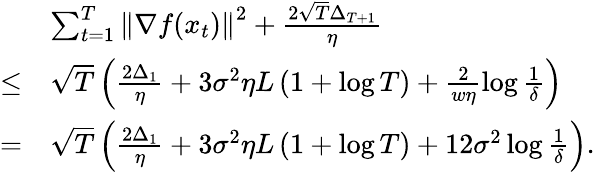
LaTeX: \begin{array}{rl}&{\sum_{t=1}^{T}\left\Vert\nabla f(x_{t})\right\Vert^{2}+\frac{2\sqrt{T}\Delta_{T+1}}{\eta}}\\ {\le}&{\sqrt{T}\left(\frac{2\Delta_{1}}{\eta}+3\sigma^{2}\eta L\left(1+\log T\right)+\frac{2}{w\eta}\log\frac{1}{\delta}\right)}\\ {=}&{\sqrt{T}\left(\frac{2\Delta_{1}}{\eta}+3\sigma^{2}\eta L\left(1+\log T\right)+12\sigma^{2}\log\frac{1}{\delta}\right).}\end{array}